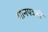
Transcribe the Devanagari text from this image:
मानपत्रही